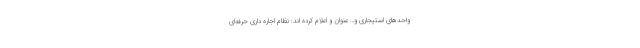
واحدهای استیجاری و… عنوان و اعلام کرده اند: نظام اجاره داری حرفه‌ای